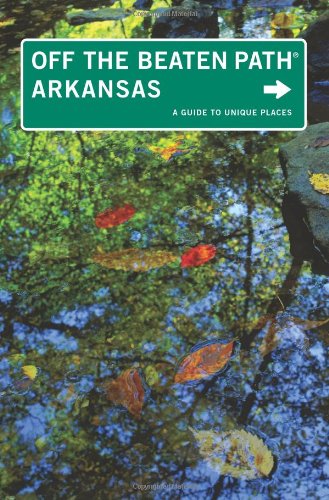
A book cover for Arkansas Off the Beaten Path, 9th: A Guide to Unique Places (Off the Beaten Path Series); Patti DeLano; Travel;